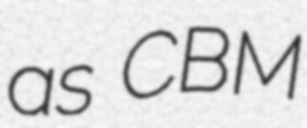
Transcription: as CBM